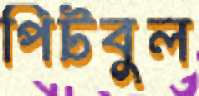
পিটবুল